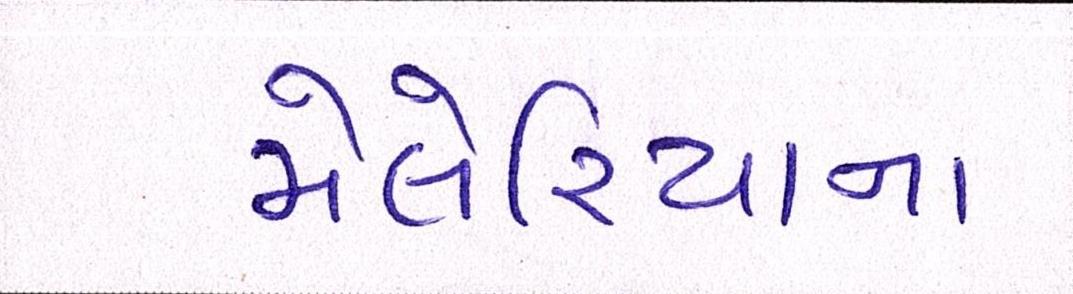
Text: મેલેરિયાના